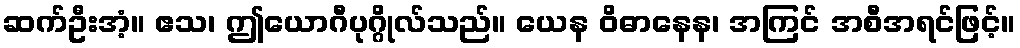
ဆက်ဦးအံ့။ ဧသ၊ ဤယောဂီပုဂ္ဂိုလ်သည်။ ယေန ဝိဓာနေန၊ အကြင် အစီအရင်ဖြင့်။